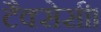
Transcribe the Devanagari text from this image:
टैक्सेसी।